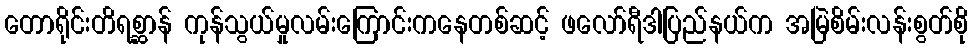
တောရိုင်းတိရစ္ဆာန် ကုန်သွယ်မှုလမ်းကြောင်းကနေတစ်ဆင့် ဖလော်ရီဒါပြည်နယ်က အမြဲစိမ်းလန်းစွတ်စို